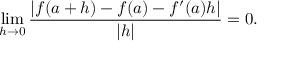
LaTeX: \operatorname* { l i m } _ { h \to 0 } { \frac { | f ( a + h ) - f ( a ) - f ^ { \prime } ( a ) h | } { | h | } } = 0 .